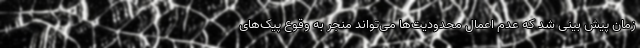
زمان پیش بینی شد که عدم اعمال محدودیت‌ها می‌تواند منجر به وقوع پیک‌های